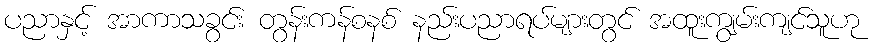
ပညာနှင့် အာကာသခွင်း တွန်းကန်စနစ် နည်းပညာရပ်များတွင် အထူးကျွမ်းကျင်သူဟု